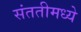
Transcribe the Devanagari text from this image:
संततीमध्ये